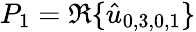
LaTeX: P_{1}=\Re\{ \hat{u}_{0,3,0,1}\}